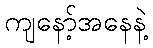
ကျနော့်အနေနဲ့